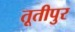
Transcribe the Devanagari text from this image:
तूतीपुर